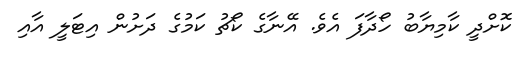
ކޮށްދީ ކާމިޔާބު ހޯދާފަ އެވެ. އޭނާގެ ކޯޗު ކަމުގެ ދަށުން އިޓަލީ އާއި